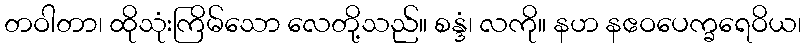
တဝါတာ၊ ထိုသုံးကြိမ်သော လေတို့သည်။ စန္ဒံ၊ လကို။ နဟ နဧဝပေက္ခရေဝိယ၊